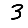
Digit: 3